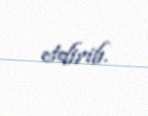
etdirib.